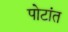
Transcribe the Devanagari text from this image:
पोटांत